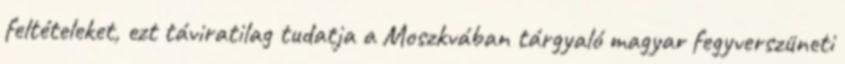
feltételeket, ezt táviratilag tudatja a Moszkvában tárgyaló magyar fegyverszüneti